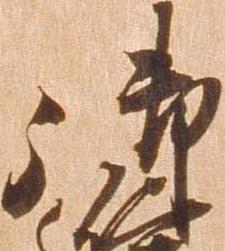
御